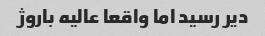
دیر رسید اما واقعا عالیه باروژ